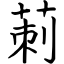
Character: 莿